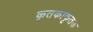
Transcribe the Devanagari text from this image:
कृतकाकृतक